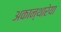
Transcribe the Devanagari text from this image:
अकान्थारेया